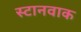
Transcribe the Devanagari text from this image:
स्टानवाक